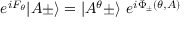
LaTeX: e ^ { i F _ { \theta } } \vert A \pm \rangle = \vert A ^ { \theta } \pm \rangle \ e ^ { i \Phi _ { \pm } ( \theta , A ) }